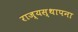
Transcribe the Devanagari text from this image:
राज्यस्थापना